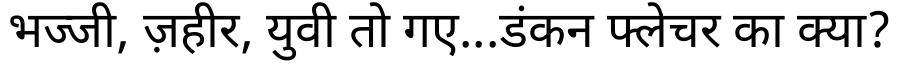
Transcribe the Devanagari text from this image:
भज्जी, ज़हीर, युवी तो गए...डंकन फ्लेचर का क्या?